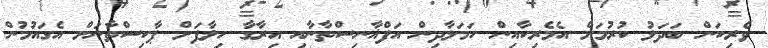
ވެރިކަން ބަދަލު ކުރުމަށް އެމެރިކާއިން ހަމަލާދިން އަފްޣާނިސްތާނާއި އިރާގާ ހިލާފަށް ޕާކިސްތާނަށް އެގައުމުން